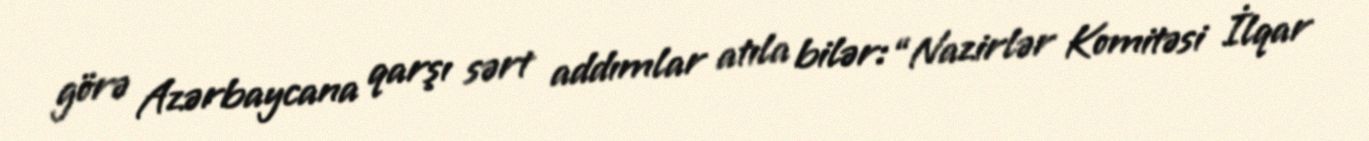
görə Azərbaycana qarşı sərt addımlar atıla bilər: “Nazirlər Komitəsi İlqar